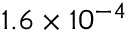
1 . 6 \times 1 0 ^ { - 4 }